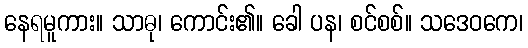
နေရမူကား။ သာဓု၊ ကောင်း၏။ ခေါ ပန၊ စင်စစ်။ သဒေဝကေ၊